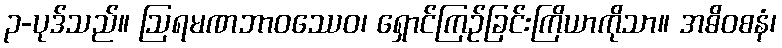
၃-ပုဒ်သည်။ ဩရမဏဘာဝဿေဝ၊ ရှောင်ကြဉ်ခြင်းကြိယာကိုသာ။ အဓိဝစနံ၊